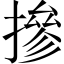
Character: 摻